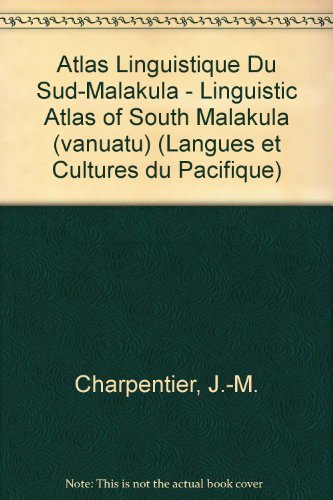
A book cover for Atlas linguistique du Sud-Malakula - Linguistic Atlas of South Malakula (Vanuatu). LCP2 (Societe d'Etudes Linguistiques et Anthropologiques de France); J-M Charpentier; Travel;